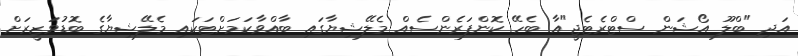
އަދި "ބްލޫ އޯޝަން ސްޓްރެޓެޖީ"އާ ބެހޭ ކޮންފަރެންސެއް މެލޭޝިޔާގައި ބާއްވާކަމަށްޓަކައި މެލޭޝިޔާގެ ބޮޑުވަޒީރަށް